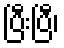
ပြီးပြီ၊